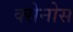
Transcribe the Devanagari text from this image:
क्सेनोस